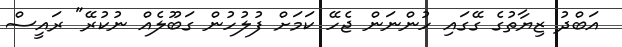
އަބްދު ޒިޔާތުގެ ގޭގައި ހުންނަން ޖެހޭ ކަމަށް ފުލުހުން ގަބޫލެއް ނުކުރޭ" ރައީސް